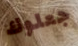
جعلوك